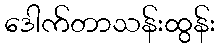
ဒေါက်တာသန်းထွန်း